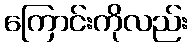
ကြောင်းကိုလည်း